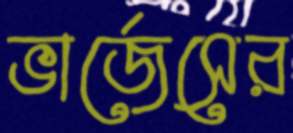
ভার্জেসের